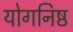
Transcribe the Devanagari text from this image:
योगनिष्ठ